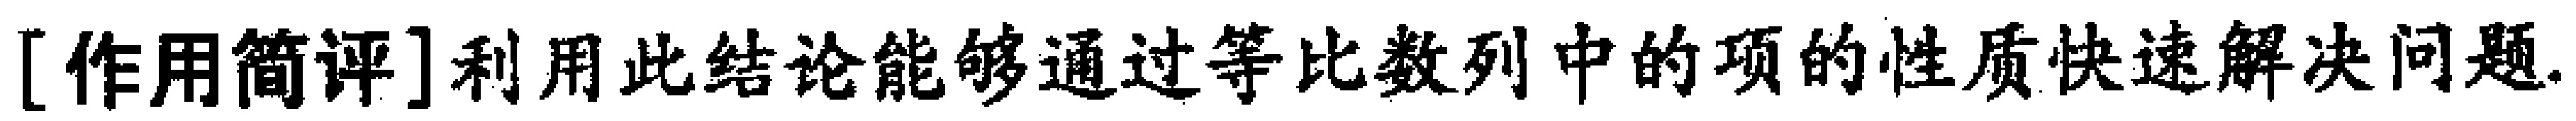
[作用简评]利用此结论能够通过等比数列中的项的性质快速解决问题.